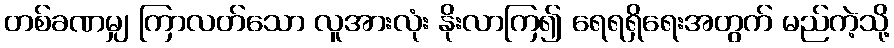
တစ်ခဏမျှ ကြာလတ်သော လူအားလုံး နိုးလာကြ၍ ရေရရှိရေးအတွက် မည်ကဲ့သို့